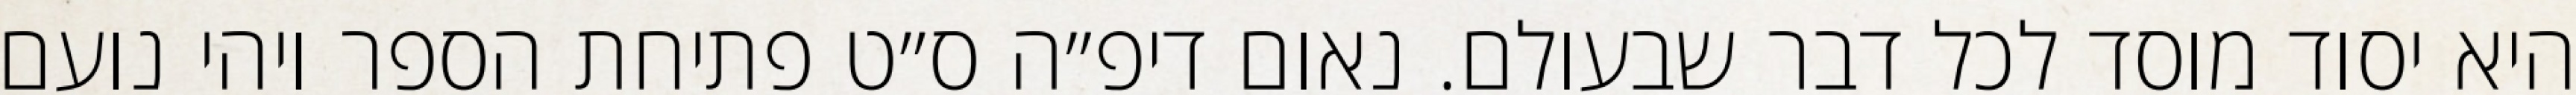
היא יסוד מוסד לכל דבר שבעולם. נאום דיפ״ה ס״ט פתיחת הספר ויהי נועם